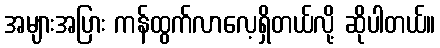
အများအပြား ကန်ထွက်လာလေ့ရှိတယ်လို့ ဆိုပါတယ်။